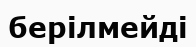
берілмейді